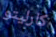
كارليتو